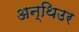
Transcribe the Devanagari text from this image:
अन्थिउर